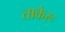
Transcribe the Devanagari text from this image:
ताकेरू